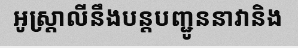
អូស្ត្រាលីនឹងបន្តបញ្ជូននាវានិង